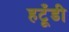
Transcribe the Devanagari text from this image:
हटूँडी